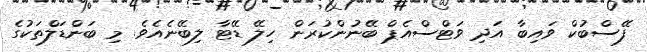
ފޭސްބުކް ވައިބާ އަދި ވަޓްސްއެޕް ބޭނުންކުރަން ހިލޭ ޑޭޓާ ލިބޭނެއެވެ. މި ބަންޑަލްތަކުގެ